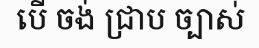
បើ ចង់ ជ្រាប ច្បាស់